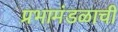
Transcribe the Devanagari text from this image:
प्रभामंडळाची